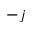
- j